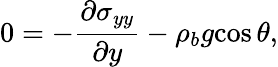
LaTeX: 0=-\frac{\partial{\sigma_{yy}}}{\partial{y}}-\rho_{b}{g}{\cos\theta},